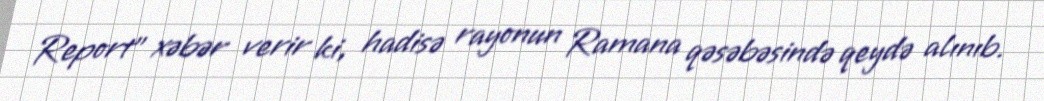
Report" xəbər verir ki, hadisə rayonun Ramana qəsəbəsində qeydə alınıb.